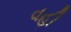
વહી